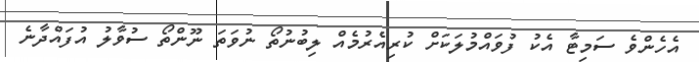
އެހެންވެ ސަމިޓާ އެކު ފުވައްމުލަކަށް ކުރިއެރުމެއް ލިބުނުތޯ ނުވަތަ ނޫންތޯ ސުވާލު އުފައްދާނެ